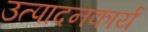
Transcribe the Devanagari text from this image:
उत्पादनकार्य